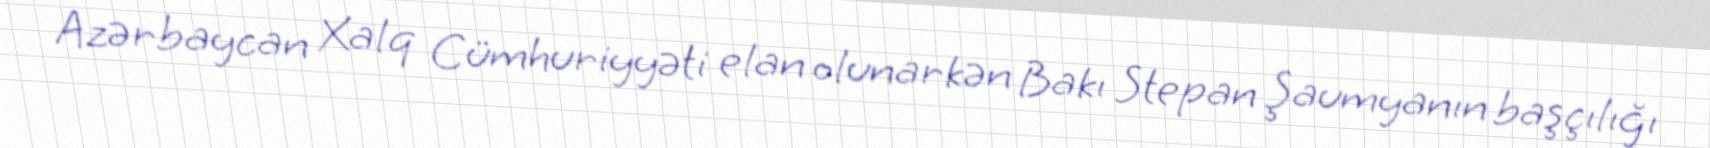
Azərbaycan Xalq Cümhuriyyəti elan olunarkən Bakı Stepan Şaumyanın başçılığı